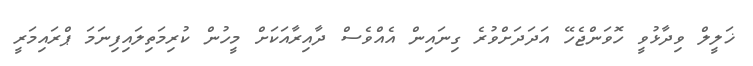
ޚަލީލް ވިދާޅުވީ ހޮވަންޖެހޭ އަދަދަށްވުރެ ގިނައިން އެއްވެސް ދާއިރާއަކަށް މީހުން ކުރިމަތިލައިފިނަމަ ޕްރައިމަރީ